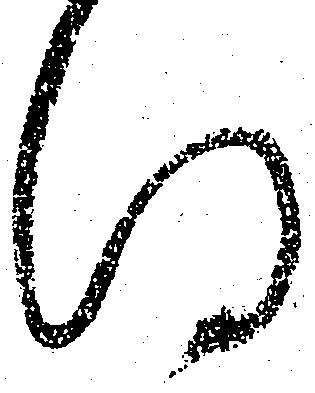
得